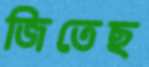
জিতেছ